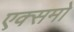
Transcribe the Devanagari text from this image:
एक्समो